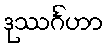
ဒုဿင်္ဂဟာ